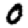
Digit: 0